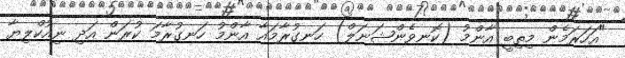
"އަހަރަމެން މިތިބީ އާންމު (ކޮނވެންޝަނަލް) ހަނގުރާމައާ އާންމު ހަނގުރާމަ ކުރަން އަދި ނިއުކްލިޔާ